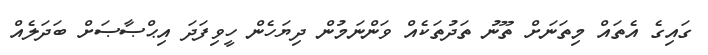
ގައިގެ އެތައް މިތަނަށް ތޫނު ތަދުތަކެއް ވަންނަމުން ދިޔަހެން ހީވިފަދަ އިޙްޞާޞަށް ބަދަލެއް